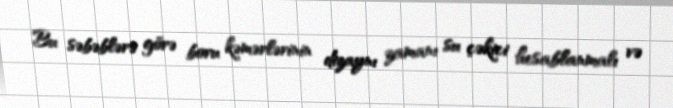
Bu səbəblərə görə boru kəmərlərinin dizaynı zamanı su çəkici hesablanmalı və